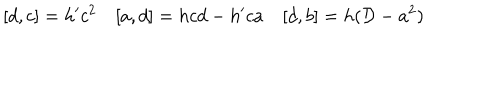
LaTeX: [ d , c ] = h ^ { \prime } c ^ { 2 } [ a , d ] = h c d - h ^ { \prime } c a [ d , b ] = h ( { \cal D } - a ^ { 2 } )